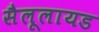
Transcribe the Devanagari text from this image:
सैलूलायड